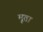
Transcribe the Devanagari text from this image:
मूता